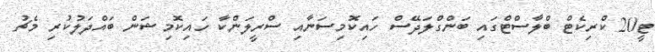
ޓީ20 ކްރިކެޓް ބްލާސްޓްގައި ބަންގްލަދޭސް ހައިކޮމިސަނާއި ސްރީލަންކާ ހައިކޮމިޝަން ބައްދަލުކުރި މެޗު